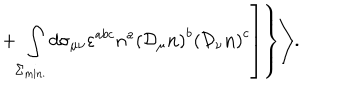
LaTeX: \left. \left. + \int _ { \Sigma _ { \mathrm { m i n . } } } ^ { } d \sigma _ { \mu \nu } \varepsilon ^ { a b c } n ^ { a } \left( { \cal D } _ { \mu } { \bf n } \right) ^ { b } \left( { \cal D } _ { \nu } { \bf n } \right) ^ { c } \right] \right\} \Biggr > .